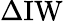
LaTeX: \Delta\mathrm{IW}